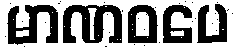
မာဏဝပေ